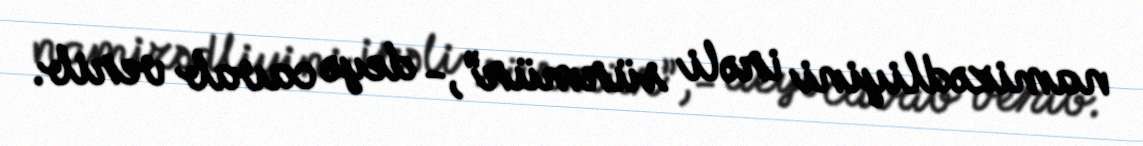
namizədliyini irəli sürmür”,- deyə cavab verib.